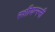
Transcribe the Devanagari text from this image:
रशीयन्स्नी